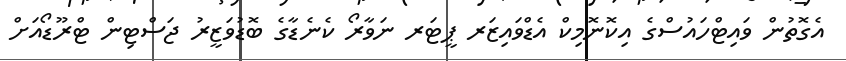
އެގޮތުން ވައިޓްހައުސްގެ އިކޮނޮމިކް އެޑްވައިޒަރ ޕީޓަރ ނަވާރޯ ކެނެޑާގެ ބޮޑުވަޒީރު ޖަސްޓިން ޓްރޫޑޯއަށް